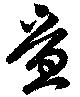
畳